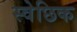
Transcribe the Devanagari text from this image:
स्वेछिक